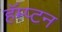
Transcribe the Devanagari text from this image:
हॅम्प्टन